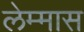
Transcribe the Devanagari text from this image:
लेम्मास